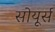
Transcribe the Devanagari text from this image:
सोयूर्स